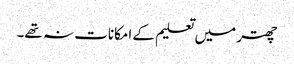
چھتر میں تعلیم کے امکانات نہ تھے۔